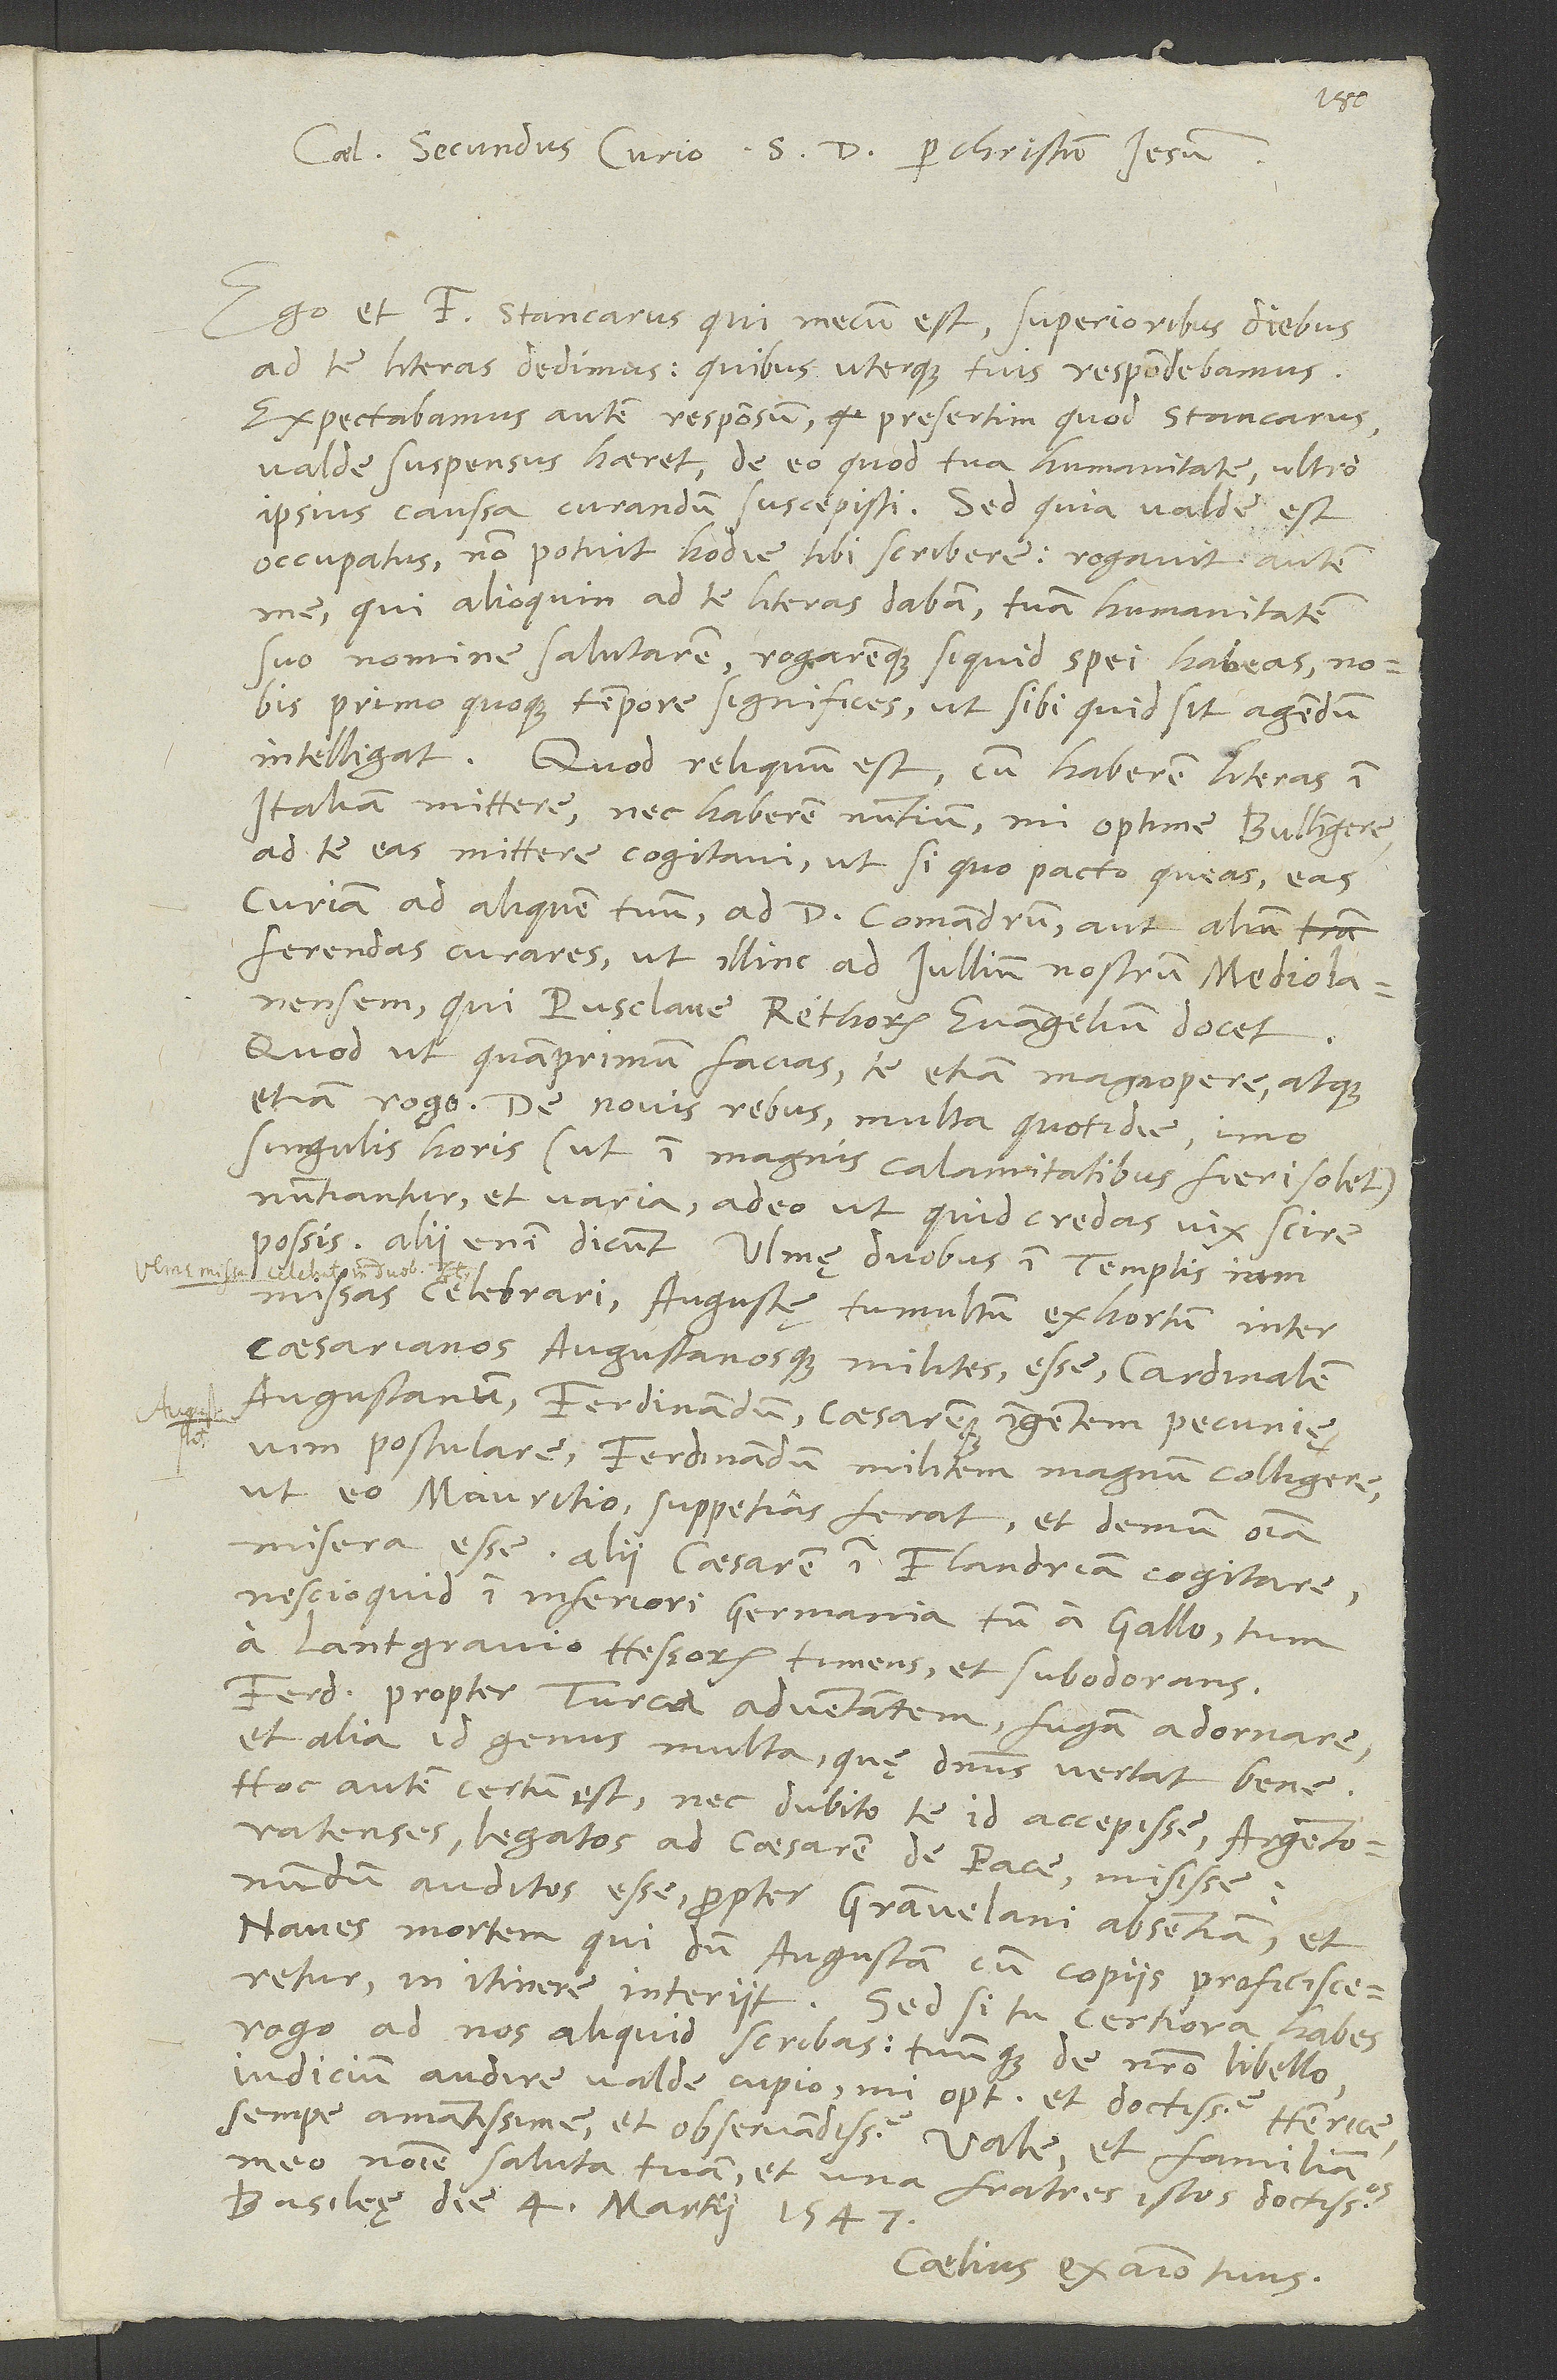
Caelius Secundus Curio S. D. per Christum Iesum.
et F. Stancarus, qui mecum est, superioribus diebus
ad te literas dedimus, quibus uterque tuis respondebamus.
Expectabamus autem responsum, presertim quod Stancarus
valde suspensus haeret de eo, quod tua humanitate ultro
ipsius caussam curandum suscepisti. Sed, quia valde est
occupatus, non potuit hodie tibi scribere. Rogavit autem
me, qui alioquin ad te literas dabam, tuam humanitatem
suo nomine salutarem rogaremque, si quid spei habeas, nobis
primo quoque tempore significes, ut, sibi quid sit agendum,
intelligat. Quod reliquum est, cum haberem literas in
Italiam mittere nec haberem nuntium, mi optime Bullingere,
ad te eas mittere cogitavi, ut, si quo pacto queas, eas
Curiam ad aliquem tuum, ad d. Comandrum aut alium,
ferendas curares, ut illinc ad Iullium nostrum Mediolanensem,
qui Pusclave Rethorum evangelium docet.
Quod, ut quamprimum facias, te etiam magnopere atque
etiam rogo. De novis rebus multa quotidie, imo
singulis horis (ut in magnis calamitatibus fieri solet)
nuntiantur et varia, adeo ut, quid credas, vix scire
possis. Alii enim dicunt Ulmę duobus in templis iam
missas celebrari, Augustae tumultum exhortum inter
caesareanos Augustanosque milites esse; cardinalem
Augustanum, Ferdinandum cęsaremque ingentem pecunię
vim postulare; Ferdinandum militem magnum colligere,
ut eo Mauritio suppetias ferat; et demum omnia
misera esse! Alii caesarem in Flandriam cogitare,
nescio quid in Inferiori Germania tum a Gallo tum
a lantgravio Hessorum timens et subodorantes;
Ferdinandum propter Turci adventantem fugam adornare;
et alia id genus multa, quę dominus vertat bene!
Hoc autem certum est, nec dubito te id accepisse: Argentoratenses
legatos ad caesarem de pace misisse.
Nundum auditos esse propter Granvelani absentiam, et
Naves mortem, qui dum Augustam cum copiis proficisceretur,
in itinere interiit. Sed si tu certiora habes,
rogo, ad nos aliquid scribas, tuumque de nostro libello
iudicium audire valde cupio, mi optime et doctissime Henrice,
semper amantissime et observandissime. Vale et familiam
meo nomine saluta tuam et una fratres istos doctissimos.
Basileę, die 4. martii 1547.
Caelius, ex animo tuus.